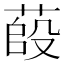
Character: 𦷊